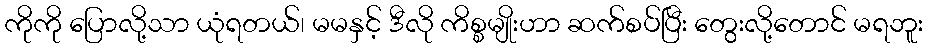
ကိုကို ပြောလို့သာ ယုံရတယ်၊ မမနှင့် ဒီလို ကိစ္စမျိုးဟာ ဆက်စပ်ပြီး တွေးလို့တောင် မရဘူး